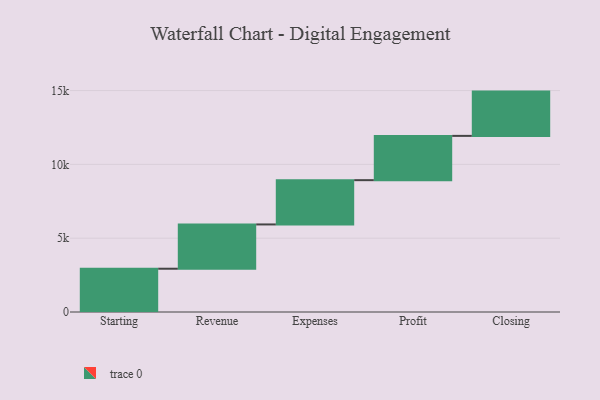
{"axis": {"x": "Step", "y": "Value"}, "legend": [""], "data": [{"x": "Starting", "y": 2932.0, "type": ""}, {"x": "Revenue", "y": 3000, "type": ""}, {"x": "Expenses", "y": 3000, "type": ""}, {"x": "Profit", "y": 3000, "type": ""}, {"x": "Closing", "y": 3000, "type": ""}]}